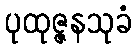
ပုထုဇ္ဇနသုခံ